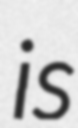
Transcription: is